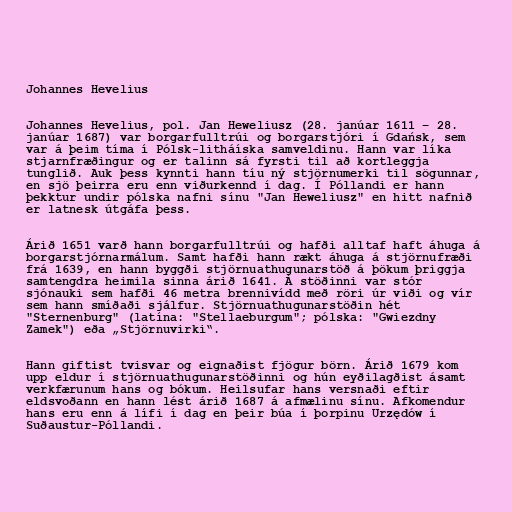
Johannes Hevelius

Johannes Hevelius, pol. Jan Heweliusz (28. janúar 1611 – 28.
janúar 1687) var borgarfulltrúi og borgarstjóri í Gdańsk, sem
var á þeim tíma í Pólsk-litháíska samveldinu. Hann var líka
stjarnfræðingur og er talinn sá fyrsti til að kortleggja
tunglið. Auk þess kynnti hann tíu ný stjörnumerki til sögunnar,
en sjö þeirra eru enn viðurkennd í dag. Í Póllandi er hann
þekktur undir pólska nafni sínu "Jan Heweliusz" en hitt nafnið
er latnesk útgáfa þess.

Árið 1651 varð hann borgarfulltrúi og hafði alltaf haft áhuga á
borgarstjórnarmálum. Samt hafði hann rækt áhuga á stjörnufræði
frá 1639, en hann byggði stjörnuathugunarstöð á þökum þriggja
samtengdra heimila sinna árið 1641. Á stöðinni var stór
sjónauki sem hafði 46 metra brennivídd með röri úr viði og vír
sem hann smíðaði sjálfur. Stjörnuathugunarstöðin hét
"Sternenburg" (latína: "Stellaeburgum"; pólska: "Gwiezdny
Zamek") eða „Stjörnuvirki“.

Hann giftist tvisvar og eignaðist fjögur börn. Árið 1679 kom
upp eldur í stjörnuathugunarstöðinni og hún eyðilagðist ásamt
verkfærunum hans og bókum. Heilsufar hans versnaði eftir
eldsvoðann en hann lést árið 1687 á afmælinu sínu. Afkomendur
hans eru enn á lífi í dag en þeir búa í þorpinu Urzędów í
Suðaustur-Póllandi.